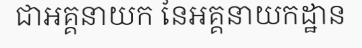
ជាអគ្គនាយក នៃអគ្គនាយកដ្ឋាន